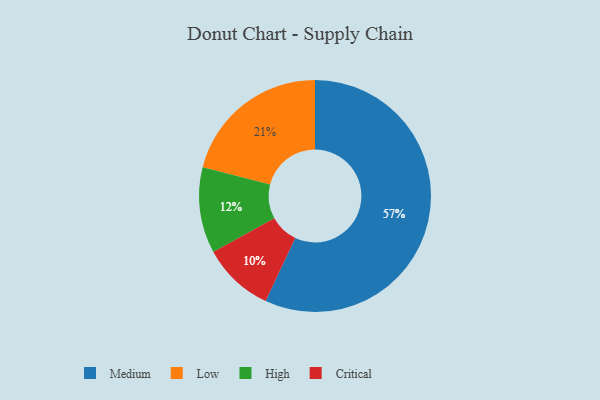
{"axis": {"x": "Category", "y": "Percentage"}, "legend": ["Critical", "High", "Low", "Medium"], "data": [{"x": "Medium", "y": 57, "type": "Medium"}, {"x": "Low", "y": 21, "type": "Low"}, {"x": "Critical", "y": 10, "type": "Critical"}, {"x": "High", "y": 12, "type": "High"}]}